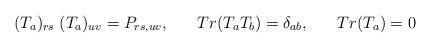
\begin{align*}(T_{a})_{rs}\;(T_{a})_{uv} = P_{rs,uv},\;\;\;\;\;\; Tr(T_{a} T_{b}) = \delta_{ab}, \;\;\;\;\;\; Tr(T_{a}) = 0\end{align*}